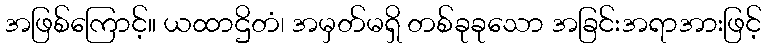
အဖြစ်ကြောင့်။ ယထာဌိတံ၊ အမှတ်မရှိ တစ်ခုခုသော အခြင်းအရာအားဖြင့်